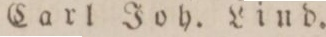
Carl Joh. Lind.